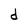
Character: d